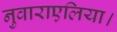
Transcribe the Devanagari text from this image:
नुवाराएलिया।